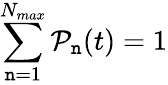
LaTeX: \sum_{\mathtt{n}=1}^{N_{max}}\mathcal{{P}}_{\mathtt{n}}(t)=1